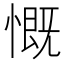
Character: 慨